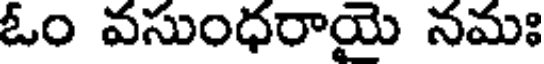
ఓం వసుంధరాయై నమః